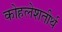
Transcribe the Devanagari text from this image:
कोहलेशतीर्थ